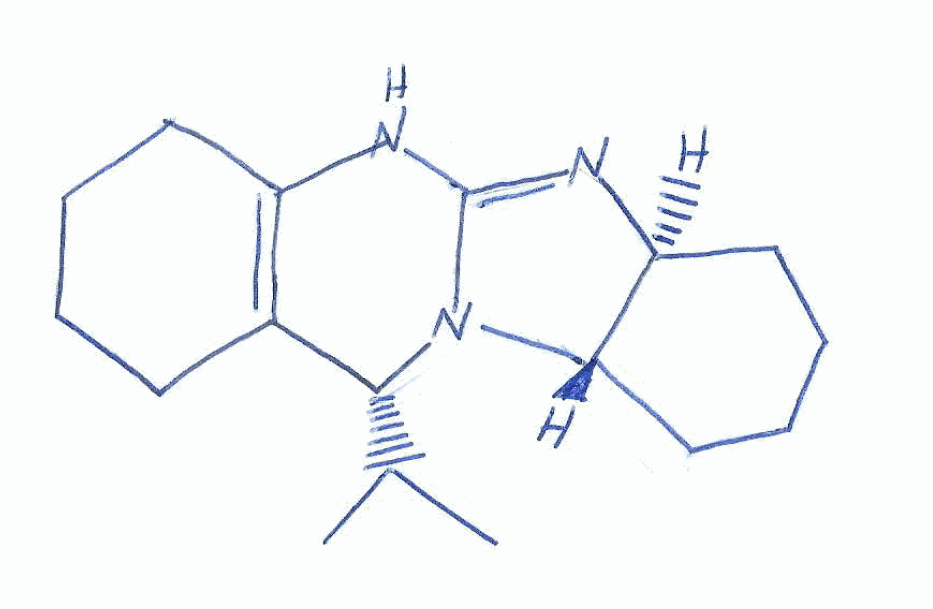
Simplified molecular-input line-entry system (SMILES) notation of the given molecule:
CC(C)[C@@H]1C2=C(CCCC2)NC3=N[C@H]4CCCC[C@@H]4N13